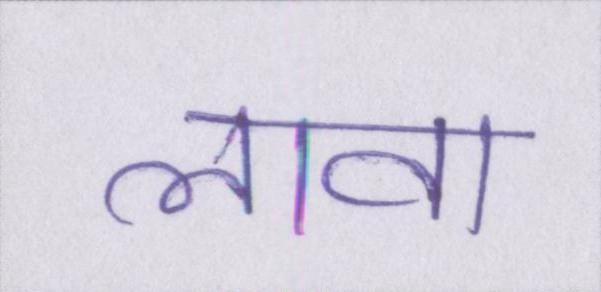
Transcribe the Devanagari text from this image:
लावा